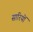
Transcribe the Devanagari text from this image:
सारियों